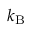
k _ { \mathrm { B } }